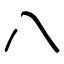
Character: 八